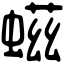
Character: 螆